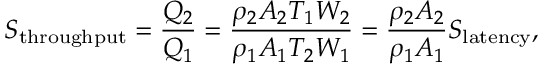
S _ { \mathrm { t h r o u g h p u t } } = { \frac { Q _ { 2 } } { Q _ { 1 } } } = { \frac { \rho _ { 2 } A _ { 2 } T _ { 1 } W _ { 2 } } { \rho _ { 1 } A _ { 1 } T _ { 2 } W _ { 1 } } } = { \frac { \rho _ { 2 } A _ { 2 } } { \rho _ { 1 } A _ { 1 } } } S _ { \mathrm { l a t e n c y } } ,